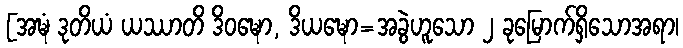
[အဍ္ဎံ ဒုတိယံ ယဿာတိ ဒိဝဍ္ဎော, ဒိယဍ္ဎော=အခွဲဟူသော ၂ ခုမြောက်ရှိသောအရာ၊